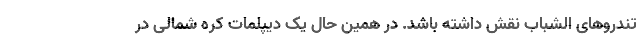
تندروهای الشباب نقش داشته باشد. در همین حال یک دیپلمات کره شمالی در